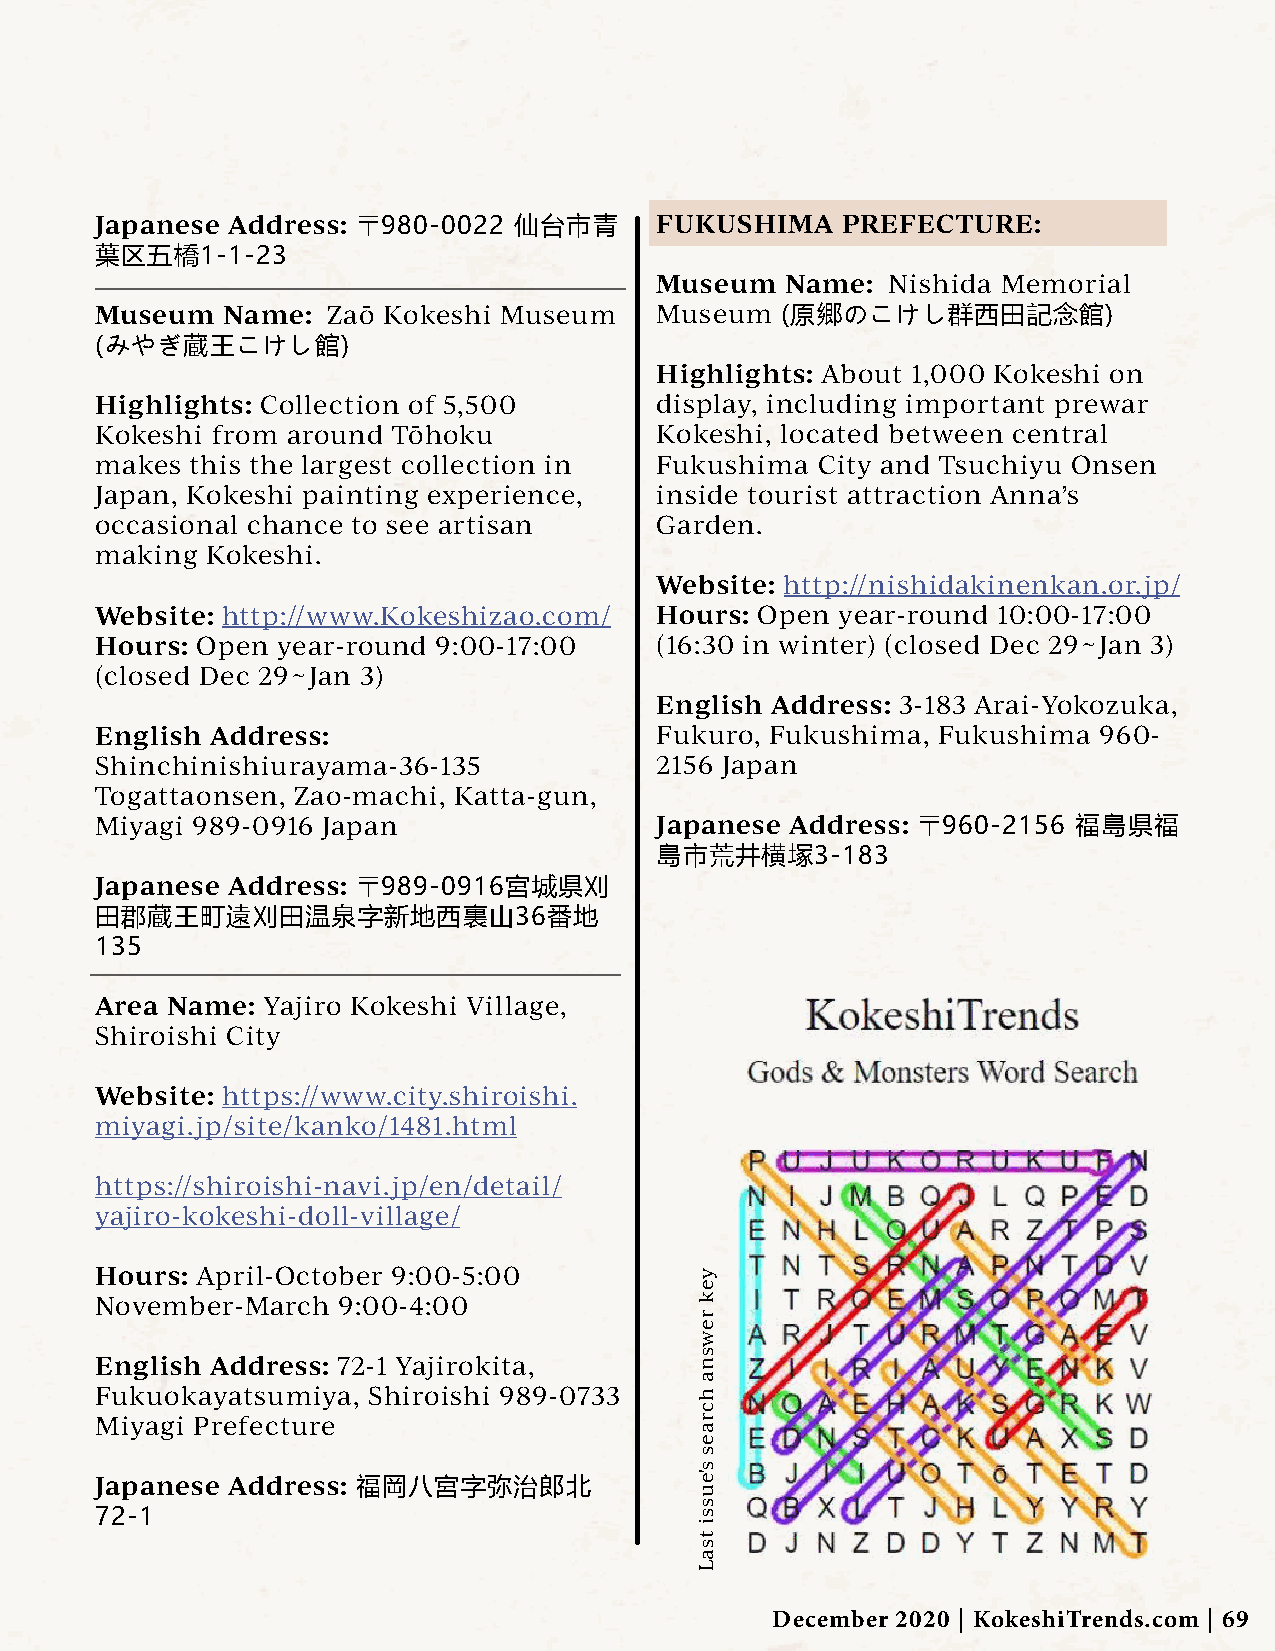
Japanese Address: 〒980-0022 仙台市青     FUKUSHIMA    PREFECTURE:
 葉区五橋1-1-23
 Museum   Name:  Nishida Memorial
 Museum   Name:  Zaō Kokeshi Museum   Museum   (原郷のこけし群西田記念館)
 (みやぎ蔵王こけし館)
 Highlights: About 1,000 Kokeshi on
 Highlights: Collection of 5,500      display, including important prewar
 Kokeshi from around Tōhoku           Kokeshi, located between central
 makes  this the largest collection in Fukushima City and Tsuchiyu Onsen
 Japan, Kokeshi painting experience,  inside tourist attraction Anna’s
 occasional chance to see artisan     Garden.
 making  Kokeshi.
 Website: http://nishidakinenkan.or.jp/
 Website: http://www.Kokeshizao.com/  Hours: Open  year-round 10:00-17:00
 Hours: Open year-round 9:00-17:00    (16:30 in winter) (closed Dec 29~Jan 3)
 (closed Dec 29~Jan 3)
 English Address: 3-183 Arai-Yokozuka,
 English Address:                     Fukuro, Fukushima, Fukushima  960-
 Shinchinishiurayama-36-135           2156 Japan
 Togattaonsen, Zao-machi, Katta-gun,
 Miyagi 989-0916 Japan                Japanese Address: 〒960-2156 福島県福
 島市荒井横塚3-183
 Japanese Address: 〒989-0916宮城県刈
 田郡蔵王町遠刈田温泉字新地西裏山36番地
 135
 Area Name: Yajiro Kokeshi Village,
 Shiroishi City
 Website: https://www.city.shiroishi.
 miyagi.jp/site/kanko/1481.html
 https://shiroishi-navi.jp/en/detail/
 yajiro-kokeshi-doll-village/
 Hours: April-October 9:00-5:00
 November-March  9:00-4:00
 English Address: 72-1 Yajirokita,
 Fukuokayatsumiya, Shiroishi 989-0733
 Miyagi Prefecture
 Japanese Address: 福岡八宮字弥治郎北
 72-1
 December 2020 | KokeshiTrends.com | 69
 yek
 rewsna
 hcraes
 s'eussi
 tsaL